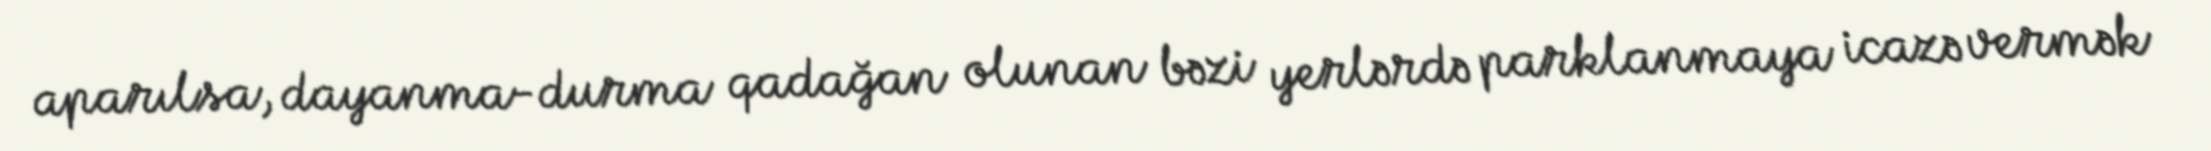
aparılsa, dayanma-durma qadağan olunan bəzi yerlərdə parklanmaya icazə vermək